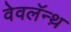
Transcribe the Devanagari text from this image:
वेवलॅन्थ़